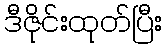
ဒီဇိုင်းထုတ်ပြီး